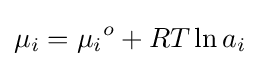
\mu _{i}={\mu _{i}}^{o}+RT\ln a_{i}